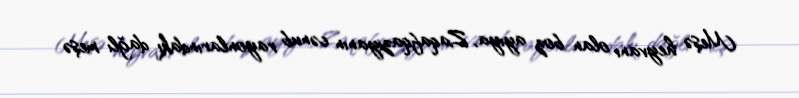
Meşə heyvanı olan boz ayıya, Zaqafqaziyanın cənub rayonlarındakı dağlı meşə